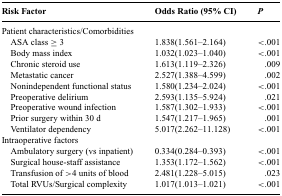
| Risk Factor | Odds Ratio (95% CI) | P |
 | --- | --- | --- |
 | Patient characteristics/Comorbidities |  |  |
 | ASA class ≥ 3 | 1.838(1.561–2.164) | <.001 |
 | Body mass index | 1.032(1.023–1.040) | <.001 |
 | Chronic steroid use | 1.613(1.119–2.326) | .009 |
 | Metastatic cancer | 2.527(1.388–4.599) | .002 |
 | Nonindependent functional status | 1.580(1.234–2.024) | <.001 |
 | Preoperative delirium | 2.593(1.135–5.924) | .021 |
 | Preoperative wound infection | 1.587(1.302–1.933) | <.001 |
 | Prior surgery within 30 d | 1.547(1.217–1.965) | .001 |
 | Ventilator dependency | 5.017(2.262–11.128) | <.001 |
 | Intraoperative factors |  |  |
 | Ambulatory surgery (vs inpatient) | 0.334(0.284–0.393) | <.001 |
 | Surgical house-staff assistance | 1.353(1.172–1.562) | <.001 |
 | Transfusion of >4 units of blood | 2.481(1.228–5.015) | .023 |
 | Total RVUs/Surgical complexity | 1.017(1.013–1.021) | <.001 |